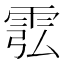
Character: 䨎